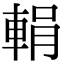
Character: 𨌉